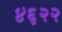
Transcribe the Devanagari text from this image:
४६२२